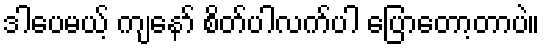
ဒါပေမယ့် ကျနော် စိတ်ပါလက်ပါ ပြောတော့တာပဲ။